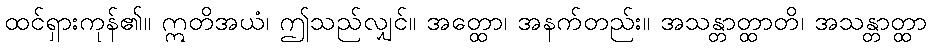
ထင်ရှားကုန်၏။ ဣတိအယံ၊ ဤသည်လျှင်။ အတ္ထော၊ အနက်တည်း။ အသန္တာတ္ထာတိ၊ အသန္တာတ္ထာ